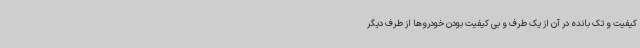
کیفیت و تک بانده در آن از یک طرف و بی کیفیت بودن خودروها از طرف دیگر